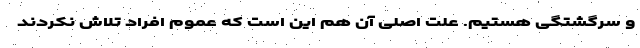
و سرگشتگی هستیم. علت اصلی آن هم این است که عموم افراد تلاش نکردند